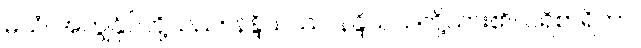
မယံ၊ အကျွန်ုပ်တို့သည်။ နန္ဒိယဿ၊ နန္ဒိယသတို့သား၏။ ပရိစာရိကာ၊